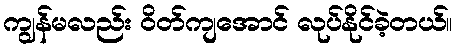
ကျွန်မလည်း ဝိတ်ကျအောင် လုပ်နိုင်ခဲ့တယ်။